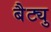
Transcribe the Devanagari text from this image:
बैट्यु